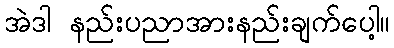
အဲဒါ နည်းပညာအားနည်းချက်ပေါ့။